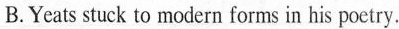
B.Yeats stuck to modern forms in his poetry.